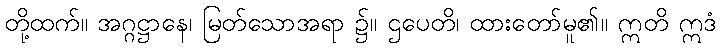
တို့ထက်။ အဂ္ဂဋ္ဌာနေ၊ မြတ်သောအရာ ၌။ ဌပေတိ၊ ထားတော်မူ၏။ ဣတိ ဣဒံ